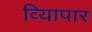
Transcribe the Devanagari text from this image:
व्यािपार